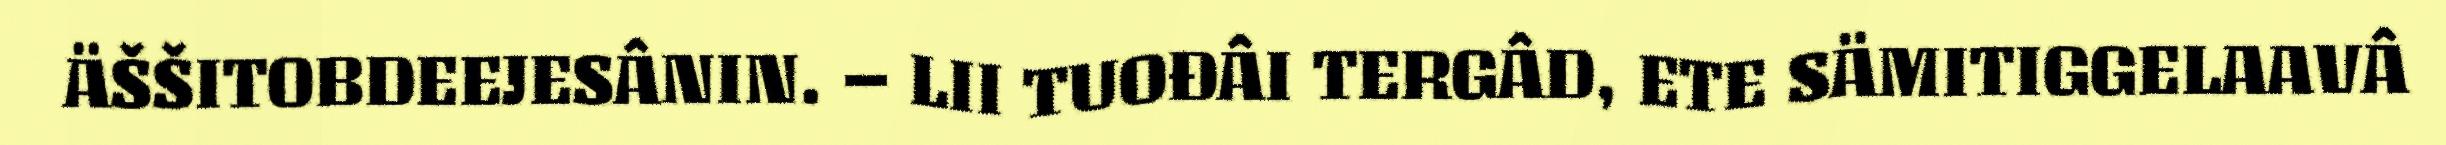
ÄŠŠITOBDEEJESÂNIN. – LII TUOĐÂI TERGÂD, ETE SÄMITIGGELAAVÂ